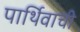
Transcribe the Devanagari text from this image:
पार्थिवाची